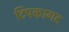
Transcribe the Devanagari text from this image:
टिपकागद